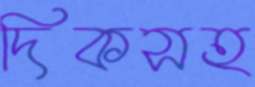
দিকসহ